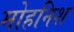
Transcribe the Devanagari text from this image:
मोहनिश